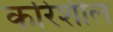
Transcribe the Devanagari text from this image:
करिशील